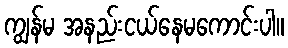
ကျွန်မ အနည်းငယ်နေမကောင်းပါ။